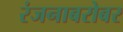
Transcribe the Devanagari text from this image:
रंजनाबरोबर